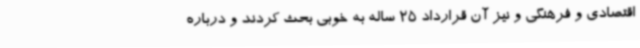
اقتصادی و فرهنگی و نیز آن قرارداد 25 ساله به خوبی بحث کردند و درباره